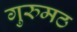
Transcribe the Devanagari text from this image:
गुरुमठ